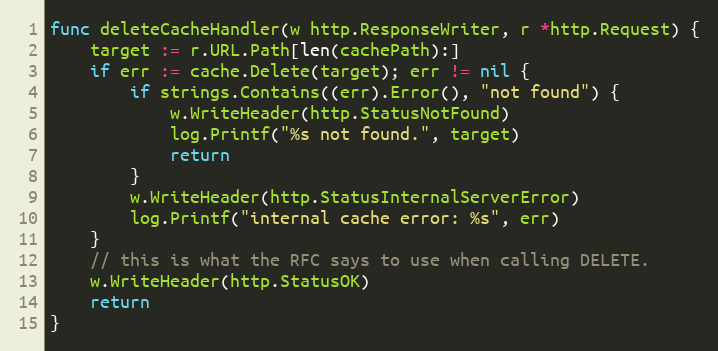
Language: Go
func deleteCacheHandler(w http.ResponseWriter, r *http.Request) {
	target := r.URL.Path[len(cachePath):]
	if err := cache.Delete(target); err != nil {
		if strings.Contains((err).Error(), "not found") {
			w.WriteHeader(http.StatusNotFound)
			log.Printf("%s not found.", target)
			return
		}
		w.WriteHeader(http.StatusInternalServerError)
		log.Printf("internal cache error: %s", err)
	}
	// this is what the RFC says to use when calling DELETE.
	w.WriteHeader(http.StatusOK)
	return
}